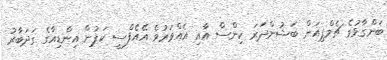
ބަންގާޅުގެ ޗެމްޕިއަން ބަޝުންދަރަ ކިންސް އާއި އެއްވަރުވެ އޭއެފްސީ ކަޕުން އިންޑިއާގެ ގަދަބާރު